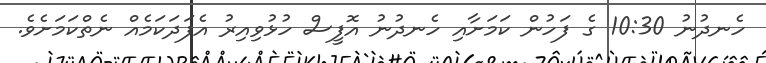
ހެނދުނު 10:30 ގެ ފަހުން ކަމަށާއި ހެނދުނު އޮފީސް ހުޅުވިއިރު އެފަދަކަމެއް ނެތްކަމަށެވެ.